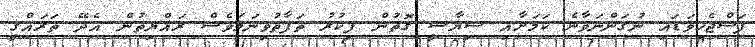
ފަސްޖެހިވަޑައި ނުގަންނަވާނެ ކަމަށާއި ސިޔާސީ ގޮތުން ފިކުރު ތަފާތުވިނަމަވެސް ރައްޔިތުން އެދޭ ތަރައްޤީ